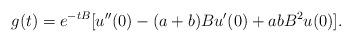
LaTeX: \begin{align*}g(t)=e^{-tB}[ u''(0)-(a+b)Bu'(0)+abB^2u(0)]. \end{align*}